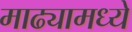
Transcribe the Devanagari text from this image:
माढ्यामध्ये